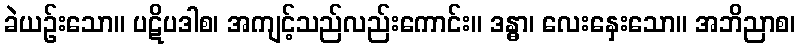
ခဲယဉ်းသော။ ပဋိပဒါစ၊ အကျင့်သည်လည်းကောင်း။ ဒန္ဓာ၊ လေးနှေးသော။ အဘိညာစ၊